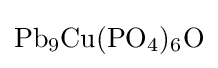
{\text{Pb}}_{9}{\text{Cu}}({\text{PO}}_{4})_{6}{\text{O}}